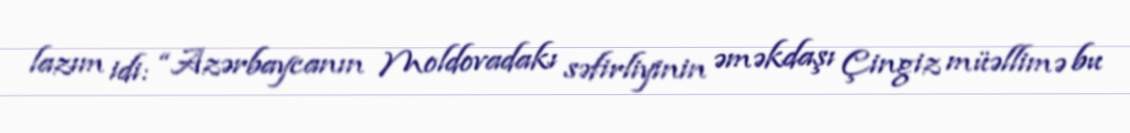
lazım idi: “Azərbaycanın Moldovadakı səfirliyinin əməkdaşı Çingiz müəllimə bu